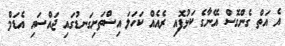
އެ އަތް ގެންގޮސް އޭނާގެ ކަޅުފޮއި ރެއެއް ކަހަލަ އިސްތަށިގަނޑުގައި ޖައްސައި އެޑަމް